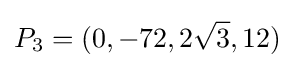
P_{3}=(0,-72,2{\sqrt {3}},12)